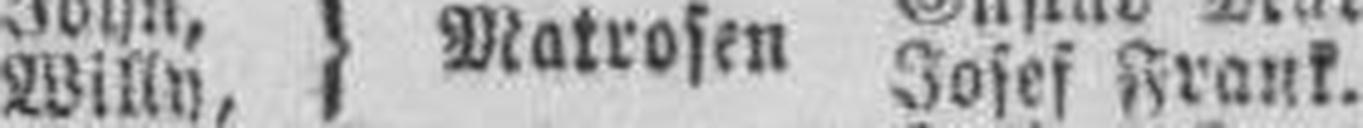
Willy, Josef Frank.